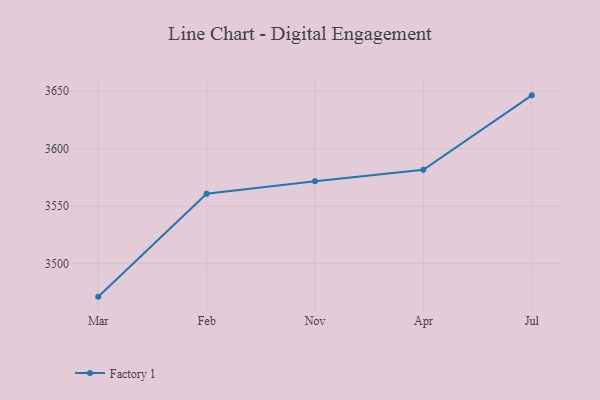
{"axis": {"x": "Month", "y": "Production Output"}, "legend": ["Factory 1"], "data": [{"x": "Mar", "y": 3471.4, "type": "Factory 1"}, {"x": "Feb", "y": 3560.9, "type": "Factory 1"}, {"x": "Nov", "y": 3571.7, "type": "Factory 1"}, {"x": "Apr", "y": 3581.7, "type": "Factory 1"}, {"x": "Jul", "y": 3646.4, "type": "Factory 1"}]}